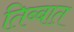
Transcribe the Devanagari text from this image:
तिब्बात